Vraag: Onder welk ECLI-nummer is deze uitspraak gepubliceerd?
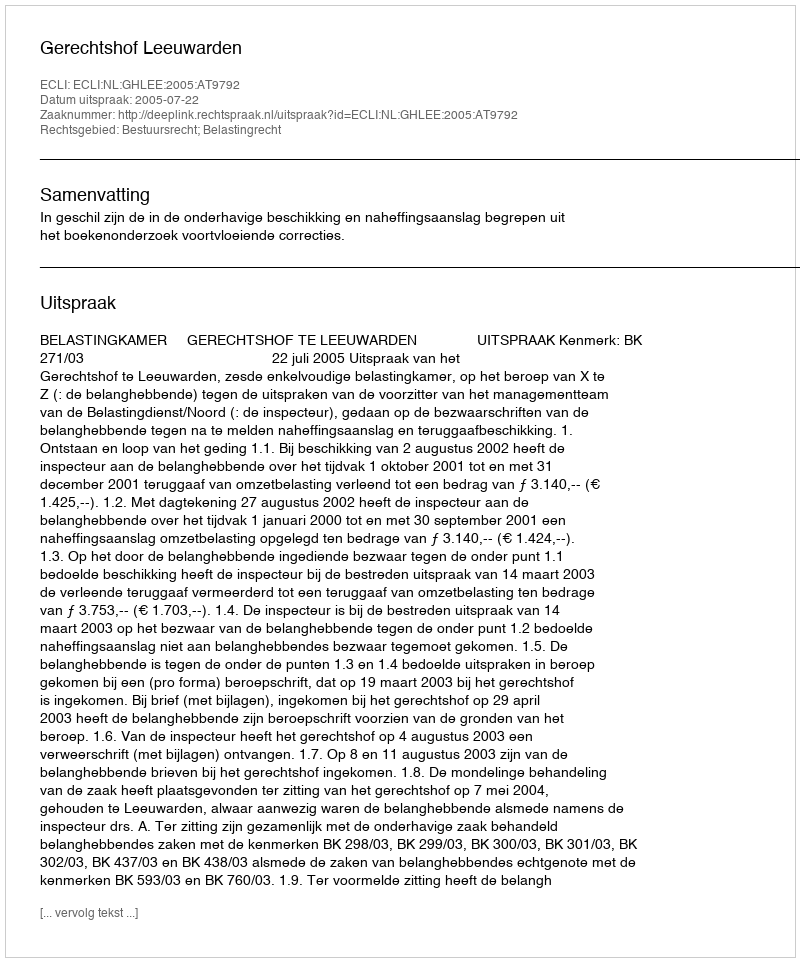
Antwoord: ECLI:NL:GHLEE:2005:AT9792